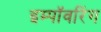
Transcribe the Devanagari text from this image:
इम्पॉवरिंग